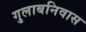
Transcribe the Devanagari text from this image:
गुलाबनिवास